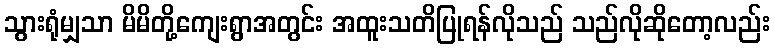
သွားရုံမျှသာ မိမိတို့ကျေးရွာအတွင်း အထူးသတိပြုရန်လိုသည် သည်လိုဆိုတော့လည်း